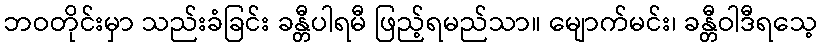
ဘဝတိုင်းမှာ သည်းခံခြင်း ခန္တီပါရမီ ဖြည့်ရမည်သာ။ မျောက်မင်း၊ ခန္တီဝါဒီရသေ့